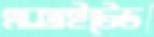
এক্সাইটেড